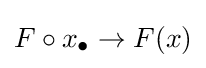
F\circ x_{\bullet }\to F(x)